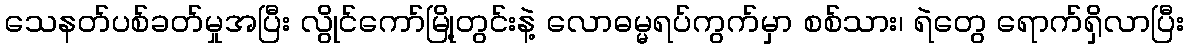
သေနတ်ပစ်ခတ်မှုအပြီး လွိုင်ကော်မြို့တွင်းနဲ့ လောဓမ္မရပ်ကွက်မှာ စစ်သား၊ ရဲတွေ ရောက်ရှိလာပြီး